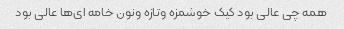
همه چی عالی بود کیک خوشمزه وتازه ونون خامه ای‌ها عالی بود